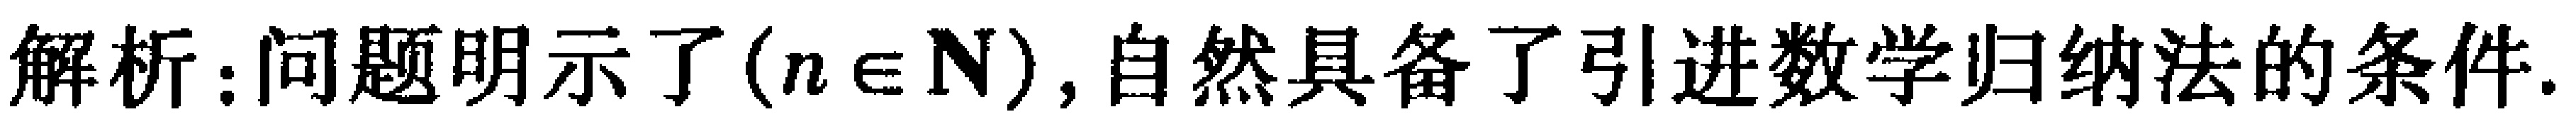
解析：问题明示了$(n \in \mathbf{N})$, 自然具备了引进数学归纳法的条件.